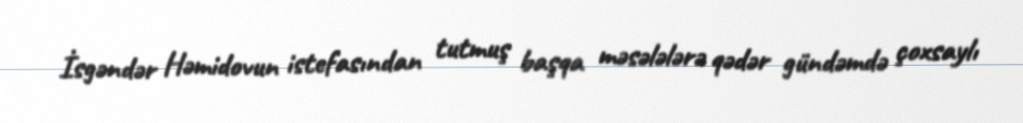
İsgəndər Həmidovun istefasından tutmuş başqa məsələlərə qədər gündəmdə çoxsaylı